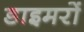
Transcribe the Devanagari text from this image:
डाइमरों